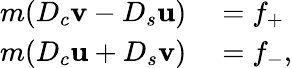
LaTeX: \begin{array}{rl}{m(D_{c}{\mathbf v}-D_{s}{\mathbf u})}&{{}=f_{+}}\\ {m(D_{c}{\mathbf u}+D_{s}{\mathbf v})}&{{}=f_{-},}\end{array}